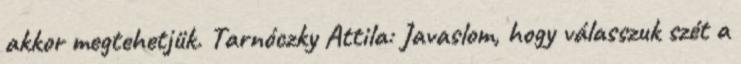
akkor megtehetjük. Tarnóczky Attila: Javaslom, hogy válasszuk szét a